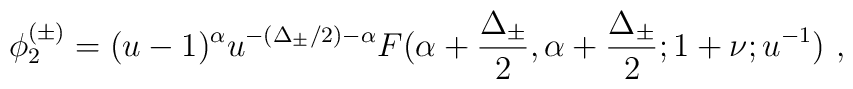
\phi _{2}^{(\pm )}=(u-1)^{\alpha }u^{-(\Delta _{\pm }/2)-\alpha }F(\alpha + \frac{\Delta _{\pm }}{2},\alpha +\frac{\Delta _{\pm }}{2};1+\nu ;u^{-1})\ ,